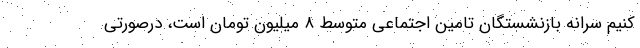
کنیم سرانه بازنشستگان تامین اجتماعی متوسط ۸ میلیون تومان است، درصورتی